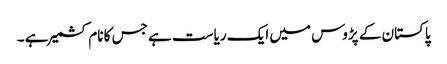
پاکستان کے پڑوس میں ایک ریاست ہے جس کا نام کشمیر ہے ۔